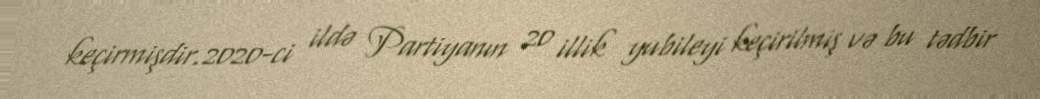
keçirmişdir.2020-ci ildə Partiyanın 20 illik yubileyi keçirilmiş və bu tədbir